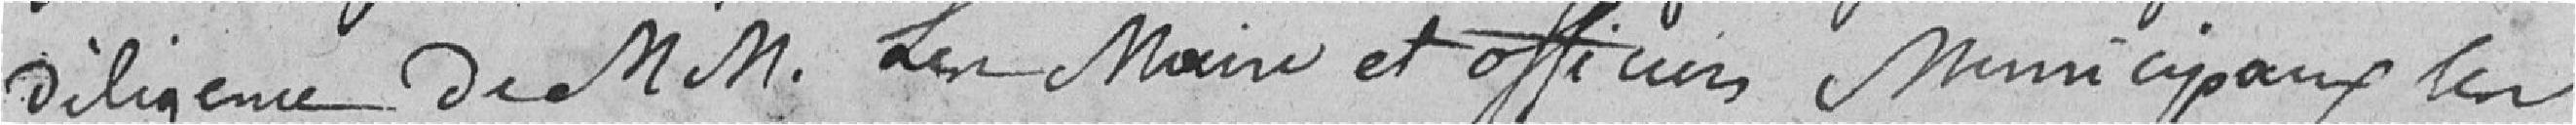
diligence de messieurs les maire et officiers municipaux, les